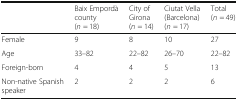
|  | Baix Empordà county (n = 18) | City of Girona (n = 14) | Ciutat Vella (Barcelona) (n = 17) | Total (n = 49) |
 | --- | --- | --- | --- | --- |
 | Female | 9 | 8 | 10 | 27 |
 | Age | 33–82 | 22–82 | 26–70 | 22–82 |
 | Foreign-born | 4 | 4 | 5 | 13 |
 | Non-native Spanish speaker | 2 | 2 | 2 | 6 |